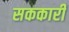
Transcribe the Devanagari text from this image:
सककारी